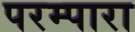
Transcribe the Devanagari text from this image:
परम्पारा